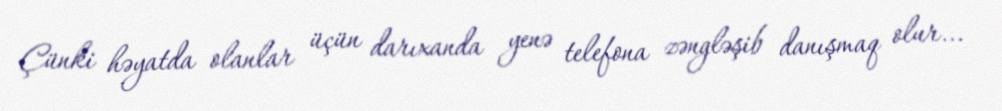
Çünki həyatda olanlar üçün darıxanda yenə telefona zəngləşib danışmaq olur...